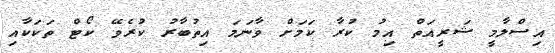
އިސްލާމީ ޝަރީއަތް އިމު ކުރާ ކަމަށް ވާނަމަ އިތުބާރު ކުރެވޭ ކޯޓް ތަކަކާއި